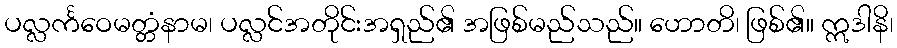
ပလ္လင်္ကဝေမတ္တံနာမ၊ ပလ္လင်အတိုင်းအရှည်၏ အဖြစ်မည်သည်။ ဟောတိ၊ ဖြစ်၏။ ဣဒါနိ၊